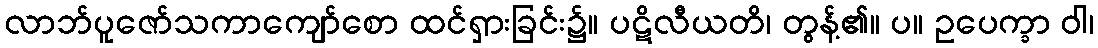
လာဘ်ပူဇော်သကာကျော်စော ထင်ရှားခြင်း၌။ ပဋိလီယတိ၊ တွန့်၏။ ပ။ ဥပေက္ခာ ဝါ၊